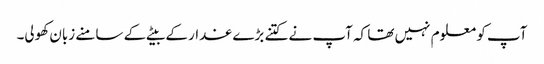
آپ کو معلوم نہیں تھا کہ آپ نے کتنے بڑے غدار کے بیٹے کے سامنے زبان کھولی۔